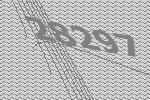
28297